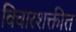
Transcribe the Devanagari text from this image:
विचारशक्तीत